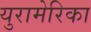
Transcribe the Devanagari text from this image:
युरामेरिका